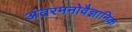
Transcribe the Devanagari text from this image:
अंतरमनोवैज्ञानिक